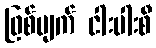
ဖြစ်ပျက် ငါးပါးစီ